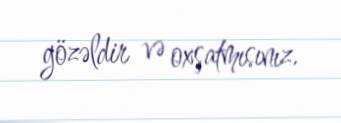
gözəldir və oxşatmısınız.